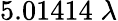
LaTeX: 5.01414\; \lambda